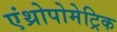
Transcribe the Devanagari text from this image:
एंथ्रोपोमेट्रिक